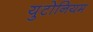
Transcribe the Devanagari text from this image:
युटोनियम